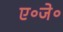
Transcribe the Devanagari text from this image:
ए॰जे॰